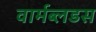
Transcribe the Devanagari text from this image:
वार्मब्लडस